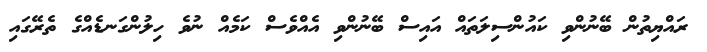
ރައްޔިތުން ބޭނުންވި ކައުންސިލަތައް އައިސް ބޭނުންވި އެއްވެސް ކަމެއް ނުވެ ހިލުންގަނޑެއްގެ ތެރޭގައި